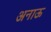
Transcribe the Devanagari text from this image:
अनाऊ